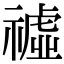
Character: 𥛳